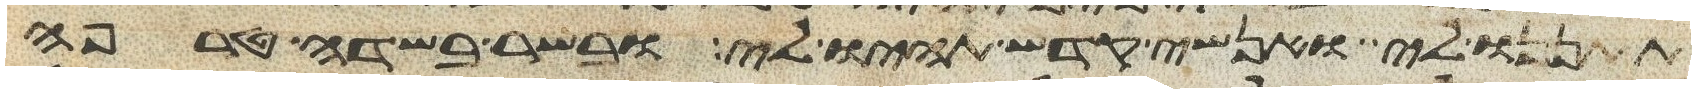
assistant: תתננו לי ואנשי קדש תהיו לי ובשר בשדה טרפה